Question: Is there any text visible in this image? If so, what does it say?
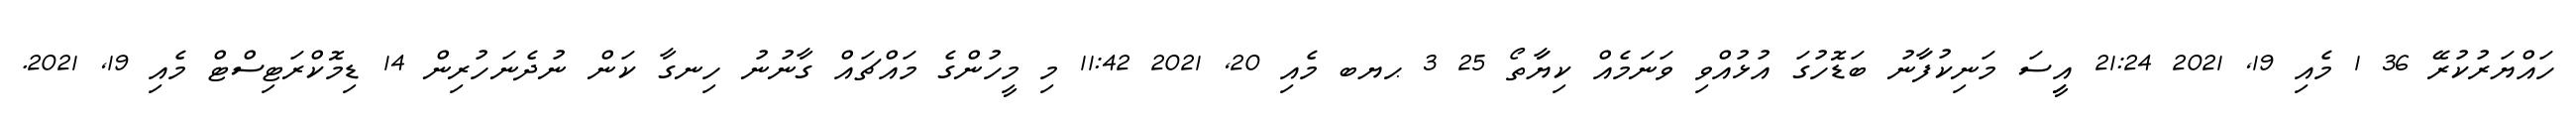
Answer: ހައްޔަރުކުރޭ 36 1 މެއި 19, 2021 21:24 އިީސަ މަނިކުފަާނު ބަޑޮހުގަ އުޅުއްވި ވަނަމެއް ކިޔަާތޯ 25 3 ޙޔބ މެއި 20, 2021 11:42 މި މީހުންގެ މައްޗައް ގާނުނު ހިނގާ ކަން ނުދެނަހުރިން 14 ޑިމޮކްރަޓިސްޓް މެއި 19, 2021.